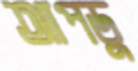
আপডু